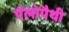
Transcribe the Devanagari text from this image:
ऍलोपैथी